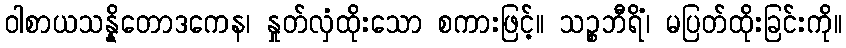
ဝါစာယသန္နိတောဒကေန၊ နှုတ်လှံထိုးသော စကားဖြင့်။ သဉ္စဘီရိံ၊ မပြတ်ထိုးခြင်းကို။